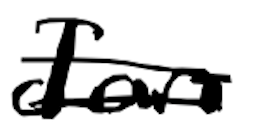
Text: Ian
Cross-out: double-line
Writing tool: digital_black